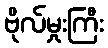
ဗိုလ်မှုးကြီး